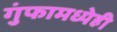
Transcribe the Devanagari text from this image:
गुंफामध्येही